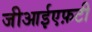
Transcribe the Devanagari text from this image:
जीआईएफ़टी